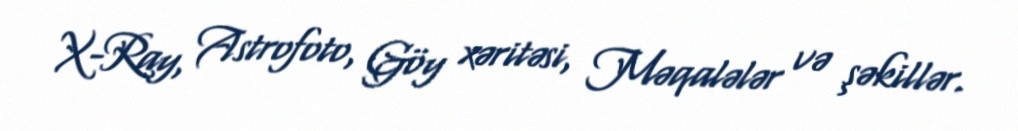
X-Ray, Astrofoto, Göy xəritəsi, Məqalələr və şəkillər.